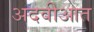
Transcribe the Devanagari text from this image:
अदवीआत